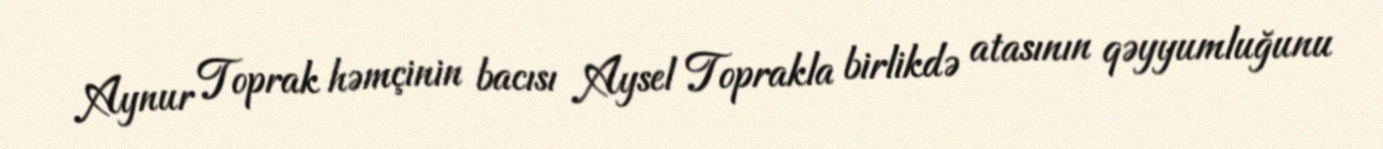
Aynur Toprak həmçinin bacısı Aysel Toprakla birlikdə atasının qəyyumluğunu